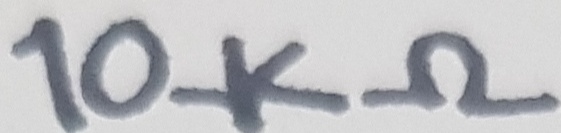
Text: 10KΩ